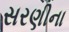
સરણીના